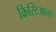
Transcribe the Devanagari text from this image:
क्रिस्टिआना